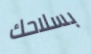
بسلاحك